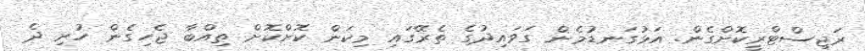
ރަޖިސްޓްރީކޮށްގެން. އަޅުގަނޑުމެން ގަވައިދުގެ ތެރޭގައި މިކަން ކޮށްކޮށް ތިއްބާ ޖެހިގެން ހުރި ދެ